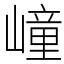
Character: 㠉